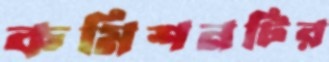
কমিশনটির